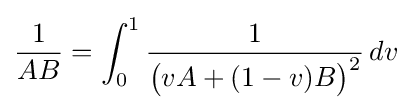
{\frac {1}{AB}}=\int _{0}^{1}{\frac {1}{{\big (}vA+(1-v)B{\big )}^{2}}}\,dv